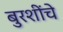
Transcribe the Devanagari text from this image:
बुरशींचे